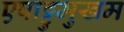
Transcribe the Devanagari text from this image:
एषाट्टुमुखम